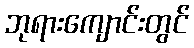
ဘုရားကျောင်းတွင်